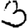
Digit: 3